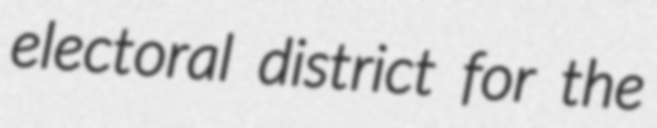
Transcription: electoral district for the